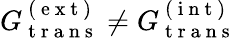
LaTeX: G_{\mathrm{~t~r~a~n~s~}}^{\mathrm{~(~e~x~t~)~}}\neq G_{\mathrm{~t~r~a~n~s~}}^{\mathrm{~(~i~n~t~)~}}